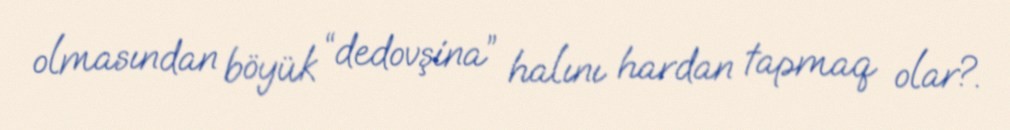
olmasından böyük “dedovşina” halını hardan tapmaq olar?.